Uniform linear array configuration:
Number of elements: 4
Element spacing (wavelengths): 1
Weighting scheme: hann
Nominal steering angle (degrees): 15
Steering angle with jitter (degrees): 13.921
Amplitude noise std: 0.05
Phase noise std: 0.05

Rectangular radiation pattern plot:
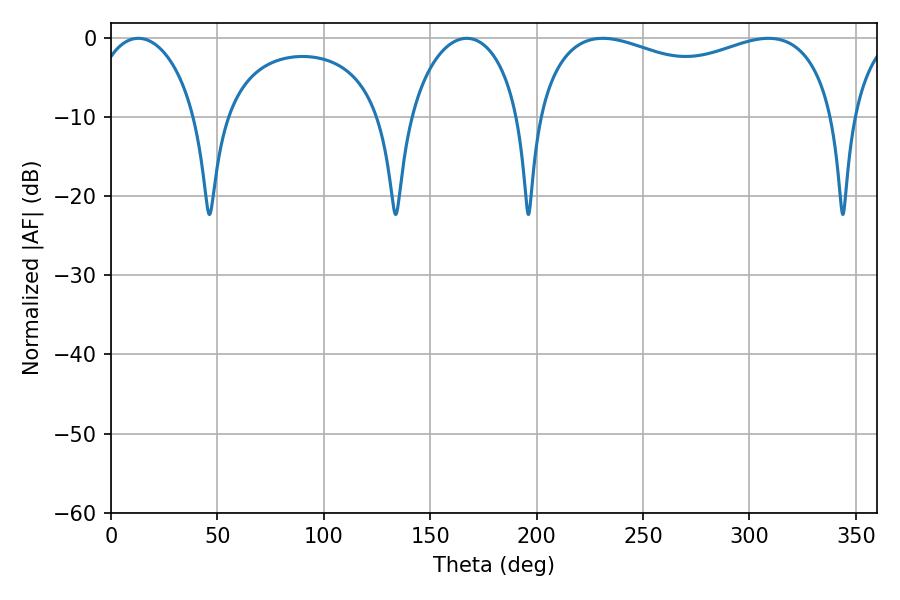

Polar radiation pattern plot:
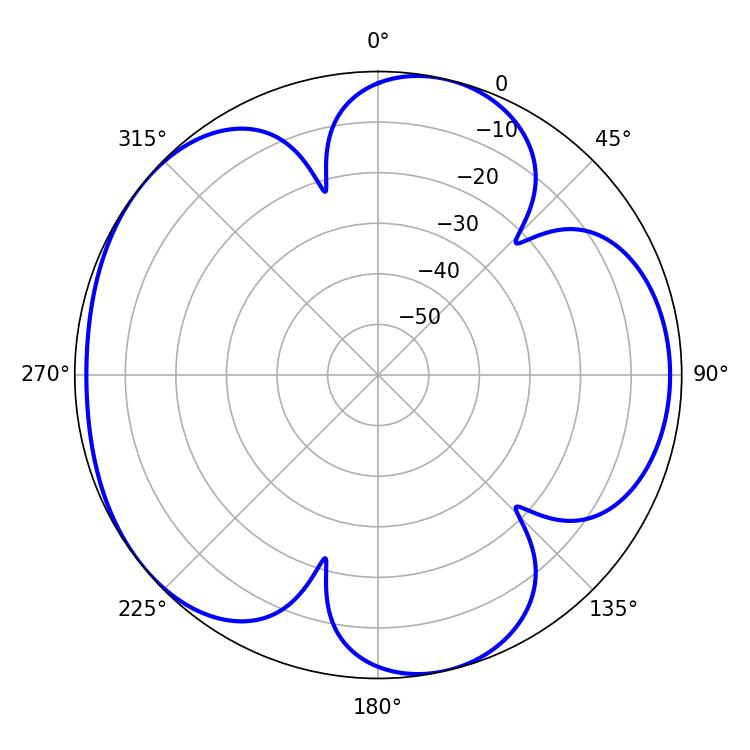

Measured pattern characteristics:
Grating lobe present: TRUE
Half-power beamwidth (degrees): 116.28
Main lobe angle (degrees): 231.12